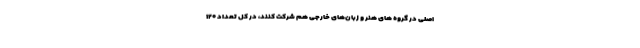
اصلی در گروه های هنر و زبان‌های خارجی هم شرکت کنند، در کل تعداد ۱۲۰